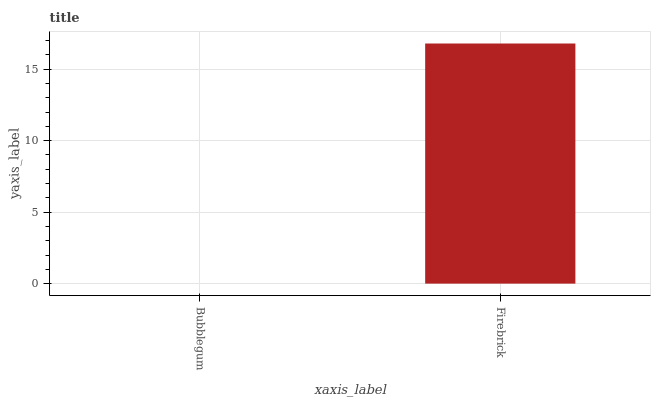
| xaxis_label | bars |
 | --- | --- |
 | Bubblegum | 0 |
 | Firebrick | 16.8 |